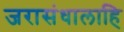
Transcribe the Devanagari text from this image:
जरासंधालाहि